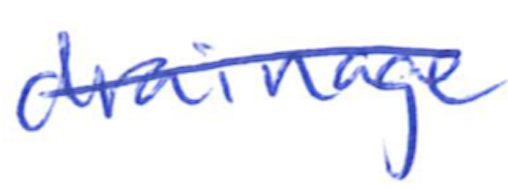
Text: drainage
Cross-out: single-line
Writing tool: ballpoint